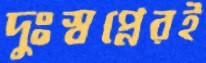
দুঃস্বপ্নেরই